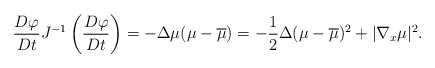
\begin{align*} \frac{D\varphi}{Dt} J^{-1}\left(\frac{D\varphi}{Dt}\right) = - \Delta \mu ( \mu - \overline{\mu} ) = - \frac12 \Delta (\mu - \overline{\mu})^2 + | \nabla_x \mu |^2.\end{align*}